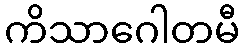
ကိသာဂေါတမီ